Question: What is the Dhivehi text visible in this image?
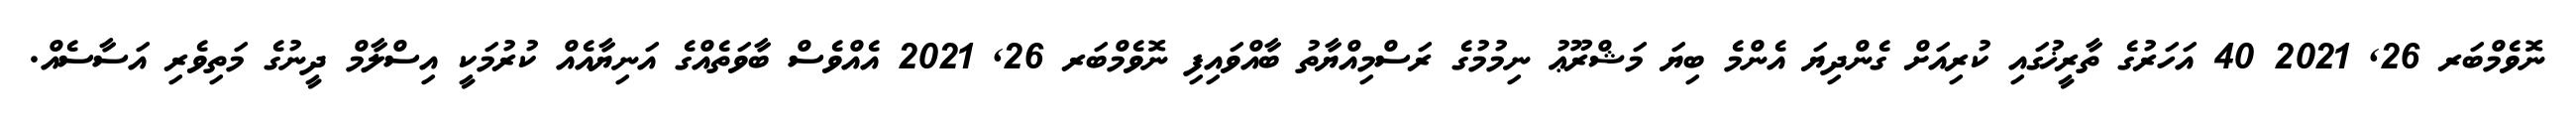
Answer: ނޮވެމްބަރ 26, 2021 40 އަހަރުގެ ތާރީޚުގައި ކުރިއަށް ގެންދިޔަ އެންމެ ބިޔަ މަޝްރޫޢު ނިމުމުގެ ރަސްމިއްޔާތު ބާއްވައިފި ނޮވެމްބަރ 26, 2021 އެއްވެސް ބާވަތެއްގެ އަނިޔާއެއް ކުރުމަކީ އިސްލާމް ދީނުގެ މަތިވެރި އަސާސެއް.